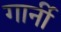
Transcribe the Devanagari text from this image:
गार्नी